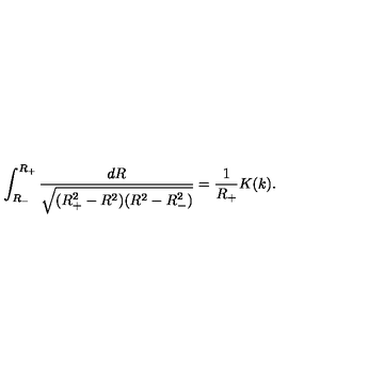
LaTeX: \int _ { R _ { - } } ^ { R _ { + } } \frac { d R } { \sqrt { ( R _ { + } ^ { 2 } - R ^ { 2 } ) ( R ^ { 2 } - R _ { - } ^ { 2 } ) } } = \frac { 1 } { R _ { + } } K ( k ) .